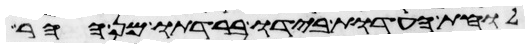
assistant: לוחת העדות בידו ברדתו מן ההר